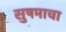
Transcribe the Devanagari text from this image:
सुषमाचा